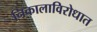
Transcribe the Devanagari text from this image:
निकालाविरोधात